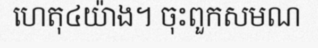
ហេតុ៤យ៉ាង។ ចុះពួកសមណ